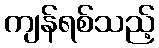
ကျန်ရစ်သည့်